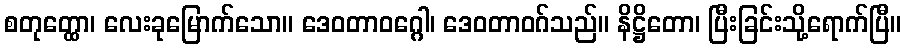
စတုတ္ထော၊ လေးခုမြောက်သော။ ဒေဝတာဝဂ္ဂေါ၊ ဒေဝတာဝဂ်သည်။ နိဋ္ဌိတော၊ ပြီးခြင်းသို့ရောက်ပြီ။